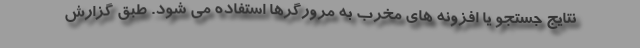
نتایج جستجو یا افزونه های مخرب به مرورگرها استفاده می شود. طبق گزارش